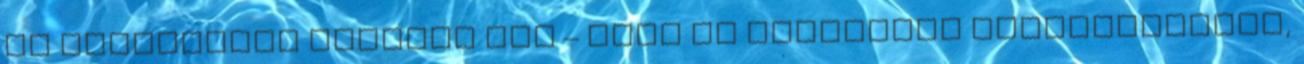
új funkciókat oldanak fel – mint az integrált hangvezérlést,